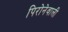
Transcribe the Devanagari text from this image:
पिरोनेवाली